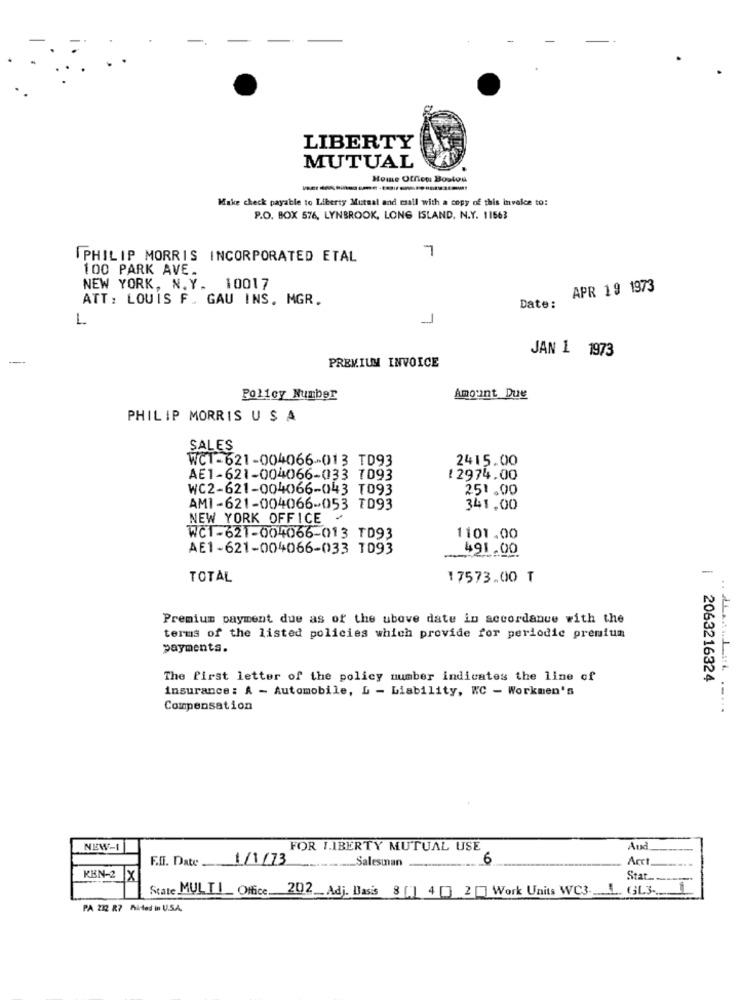
LIBERTY
MUTUAL
Home Offiou Boston
Make check payable to Liberty Mutual and call with a copy of this invoice to:
P.O. BOX 576, LYNBROOK, LONG ISLAND, N.Y. 11563
7
PHILIP MORRIS INCORPORATED ETAL
100 PARK AVE.
NEW YORK, N.Y. 10017
APR 19 1973
ATT: LOUIS F. GAU INS. MGR.
Date:
L
JAN 1 1973
PREMIUM INVOICE
Policy Number
Amount Due
PHILIP MORRIS U S A
SALES
WCT-621-004066-013 TD93
2415.00
AE1-621-004066-033 7093
12974.00
WC2-621-004066-043 T093
251.00
AM1-621-004066-053 TD93
341.00
NEW YORK OFFICE
WC1-621-004066-013 TD93
1101.00
AE1-621-004066-033 TD93
491.00
TOTAL
17573.00 T
Premium payment due as of the ubove date in accordance with the
terms of the listed policies which provide for periodic premium
payments.
The first letter of the policy number indicates the line of
| 2063216324
insurance: A - Automobile, L - Liability, WC - Workmen's
Compensation
NEW-1
FOR LIBERTY MUTUAL USE
And
F.IT. Date _
1/1/73
-..... Salesman
6
Arct
KEN-2 X
Stat.
State MULTI_ Office. 202_Adj. Basis 8 [] 4 [] 2 ] Work Units WC3 .... L. GL3.1
PA 212 R7 Ai-ted in U.S.A.